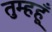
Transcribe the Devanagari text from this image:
तुम्हहूँ